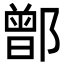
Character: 鄫